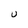
Character: U